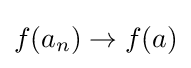
f(a_{n})\to f(a)